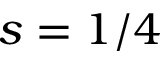
s = 1 / 4